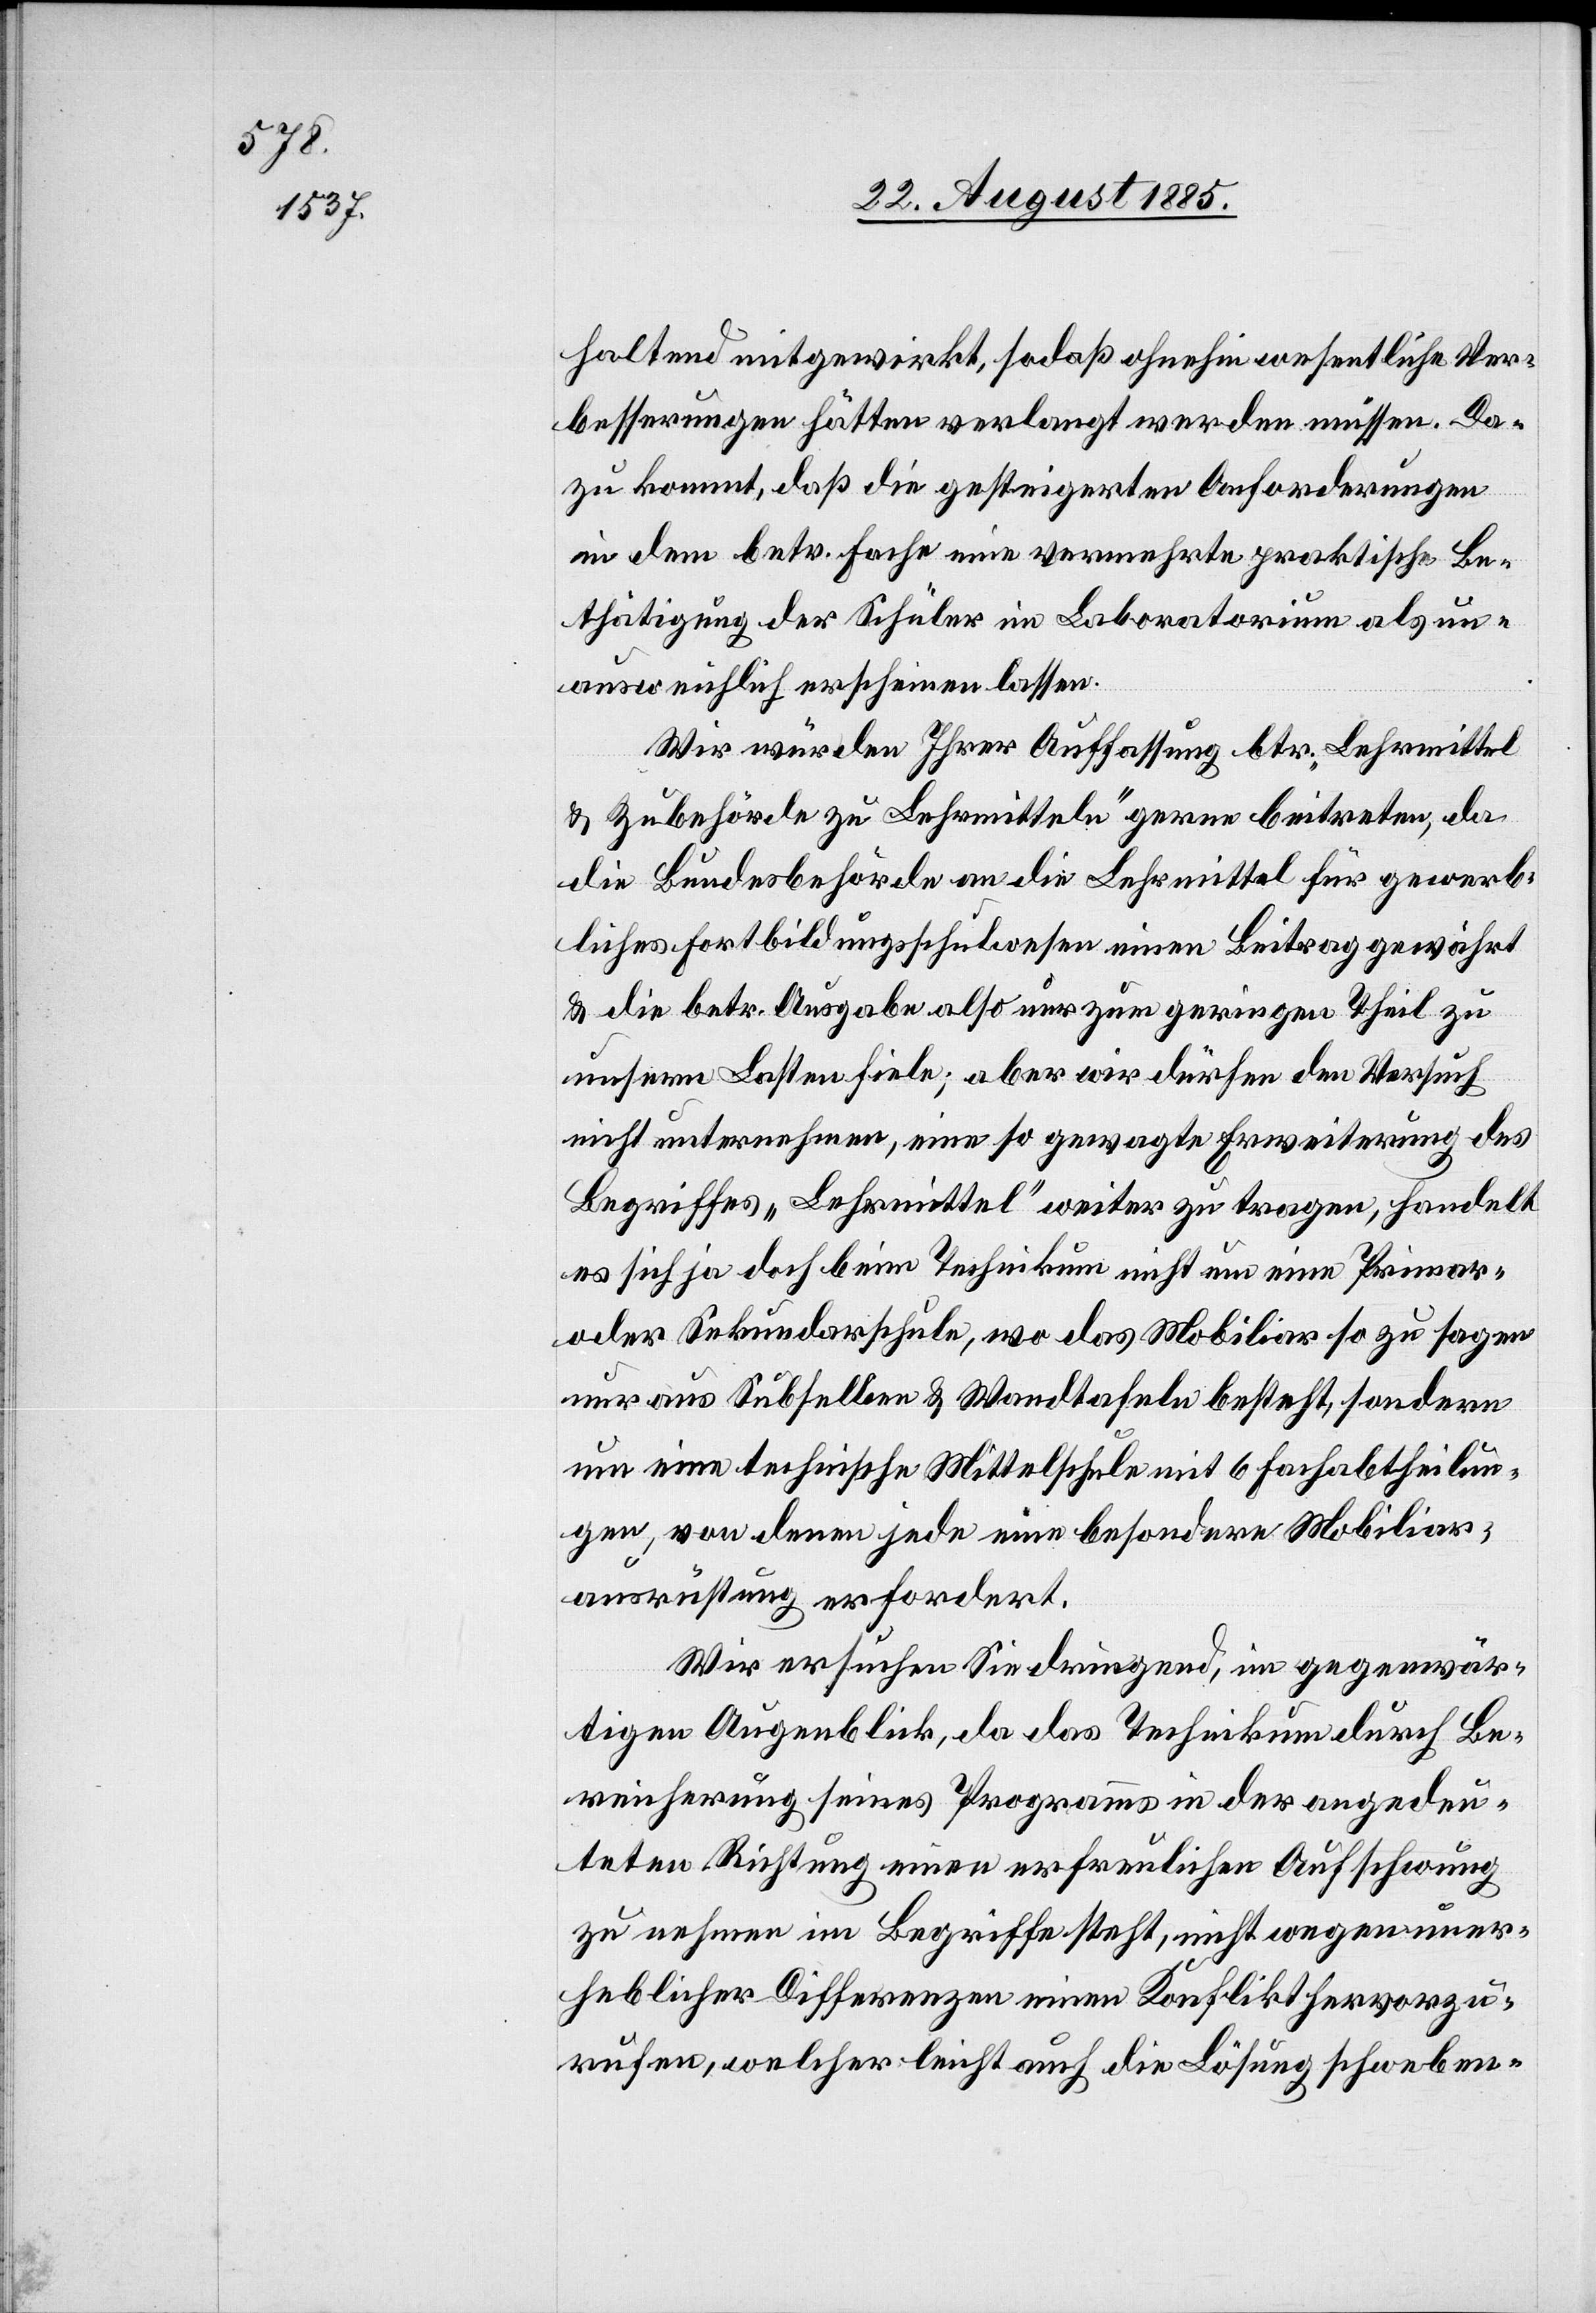
haltend mitgewirkt, so daß ohnehin wesentliche Ver¬
besserungen hätten verlangt werden müssen. Da¬
zu kommt, daß die gesteigerten Anforderungen
in dem betr. Fache eine vermehrte praktische Be¬
tätigung der Schüler im Laboratorium als un¬
ausweichlich erscheinen lassen.
Wir würden Ihrer Auffassung b[e]tr. „Lehrmittel
& Zubehörde zu Lehrmitteln“ gerne beitreten, da
die Bundesbehörde an die Lehrmittel für gewerb¬
liches Fortbildungsschulwesen einen Beitrag gewährt
& die betr. Ausgabe also nur zum geringen Theil zu
unsern Lasten fiele; aber wir dürfen den Versuch
nicht unternehmen, eine so gewagte Erweiterung des
Begriffes „Lehrmittel“ weiter zu tragen, handelt
es sich ja doch beim Technikum nicht um eine Primar-
oder Sekundarschule, wo das Mobiliar so zu sagen
nur aus Subsellien & Wandtafeln besteht, sondern
um eine technische Mittelschule mit 6 Fachabtheilun¬
gen, von denen jede neue besondere Mobiliar¬
ausrüstung erfordert.
Wir ersuchen Sie dringend, im gegenwär¬
tigen Augenblick, da das Technikum durch Be¬
reicherung seines Programms in der angedeu¬
teten Richtung einen erfreulichen Aufschwung
zu nehmen im Begriffe steht, nicht wegen uner¬
heblicher Differenzen einen Konflikt hervorzu¬
rufen, welcher leicht auch die Lösung schweben-